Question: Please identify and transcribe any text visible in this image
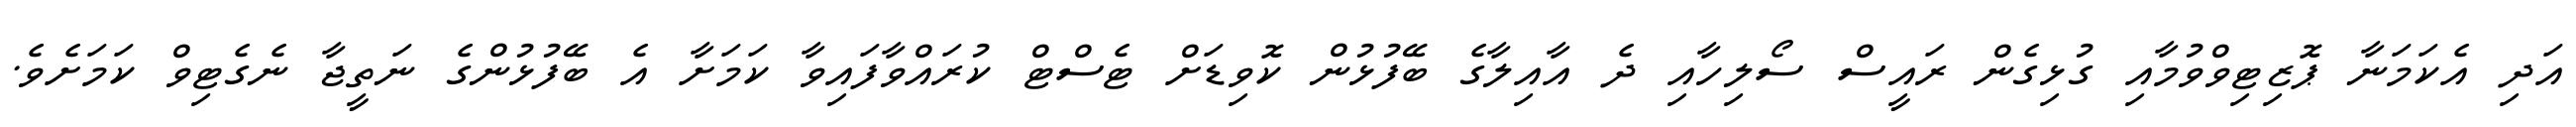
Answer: އަދި އެކަމަނާ ޕޮޒިޓިވްވުމާއި ގުޅިގެން ރައީސް ސޯލިހާއި ދެ އާއިލާގެ ބޭފުޅުން ކޮވިޑަށް ޓެސްޓް ކުރައްވާފައިވާ ކަމަށާ އެ ބޭފުޅުންގެ ނަތީޖާ ނެގެޓިވް ކަމަށެވެ.